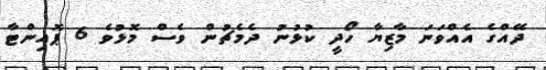
ދޭއްގެ އެއްވަނަ މާޒިޔާ ހޯދީ ކުޅުނު ދެމެޗުން ވެސް މޮޅުވެ 6 ޕޮއިންޓާ